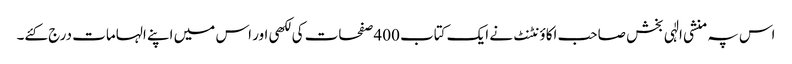
اس پہ منشی الٰہی بخش صاحب اکاؤنٹنٹ نے ایک کتاب 400 صفحات کی لکھی اور اس میں اپنے الہامات درج کئے۔